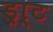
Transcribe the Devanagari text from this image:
ड्रा्ट